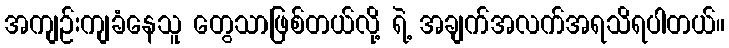
အကျဉ်းကျခံနေသူ တွေသာဖြစ်တယ်လို့ ရဲ့ အချက်အလက်အရသိရပါတယ်။